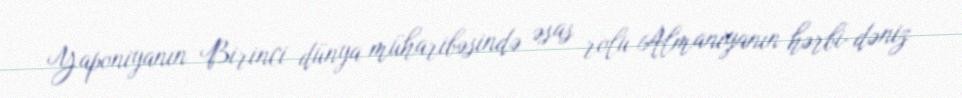
Yaponiyanın Birinci dünya müharibəsində əsas rolu Almaniyanın hərbi-dəniz